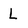
Character: L